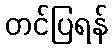
တင်ပြရန်